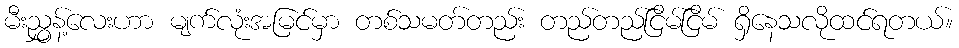
မီးညွှန့်လေးဟာ မျက်လုံးအမြင်မှာ တစ်သမတ်တည်း တည်တည်ငြိမ်ငြိမ် ရှိနေသလိုထင်ရတယ်။